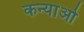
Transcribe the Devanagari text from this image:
कन्याओ